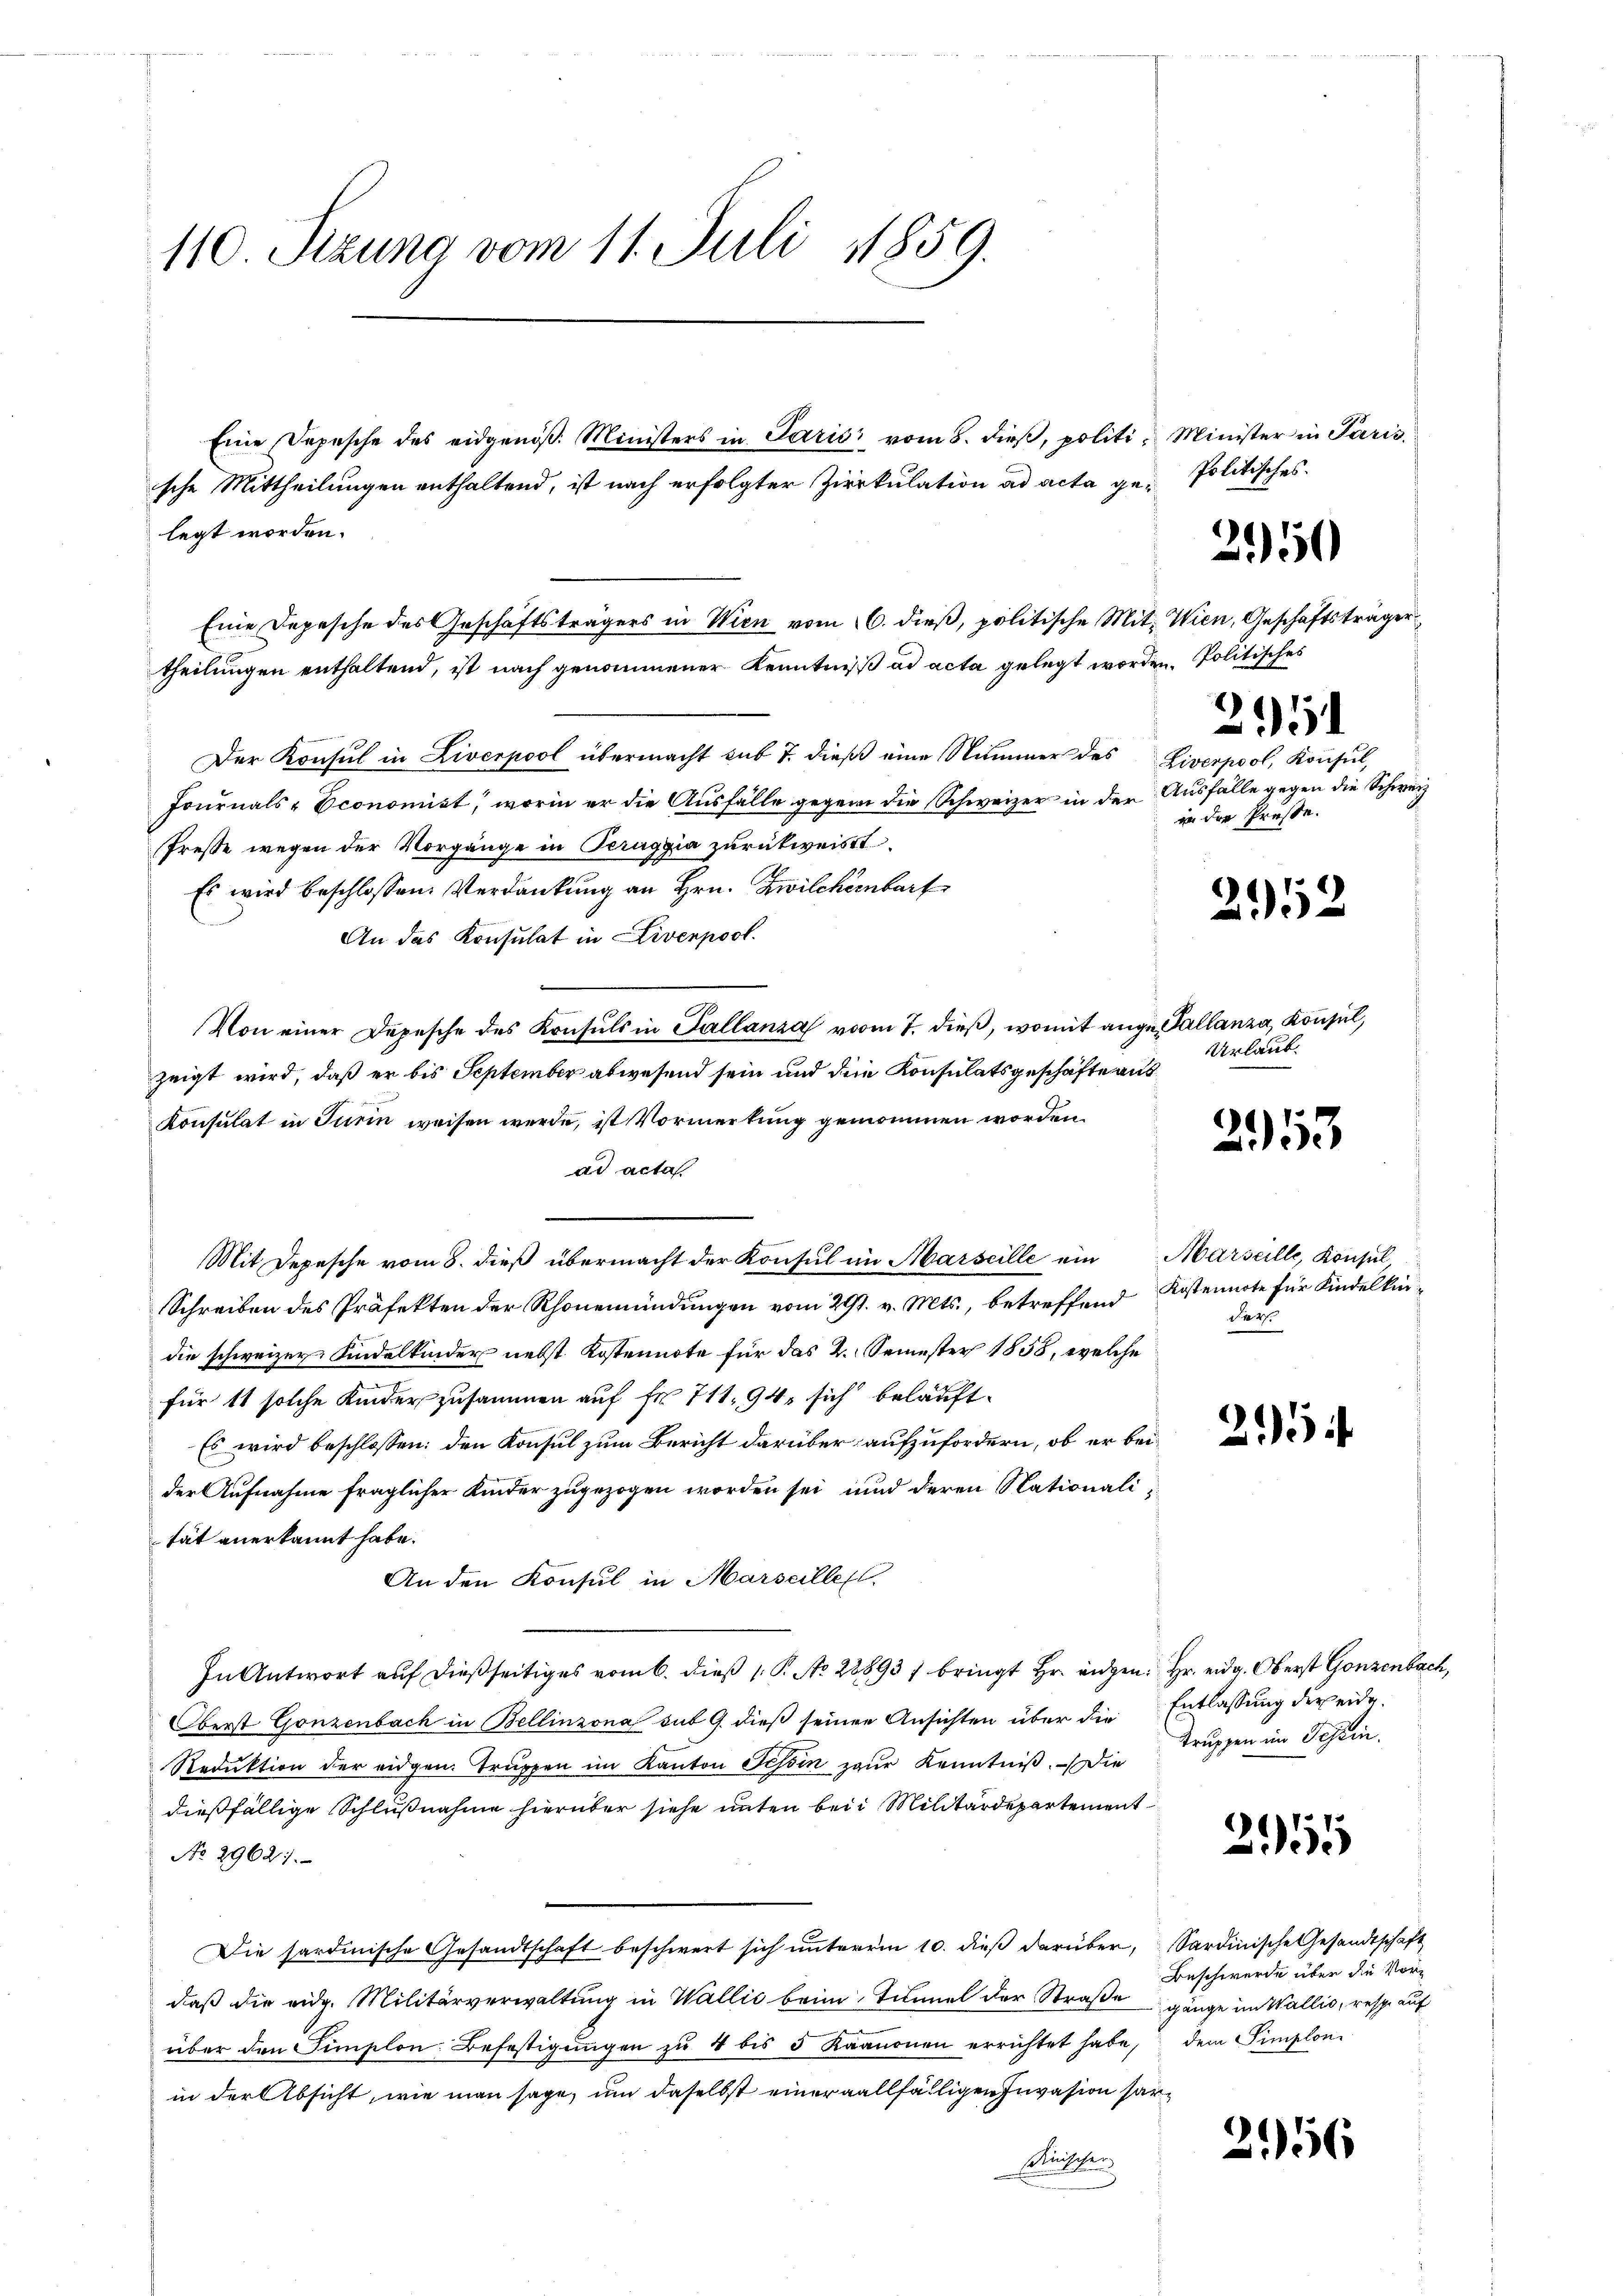
110. Sizung vom 11. Juli 1859.

Eine Depesche des eidgenöß. Ministers in Paris vom 8. dieß, politische Mittheilungen enthaltend, ist nach erfolgter Zirkulation ad acta ge-Politisches
legt worden.
Eine Depesche des Geschäftsträgers in Wien vom 6. dieß, politische Mit Wien, Geschäftsträger
theilungen enthaltend, ist nach genommener Kenntniß ad acta gelegt worden. Politisches
Der Konsul in Liverpool übermacht sub 7. dieß eine Nummer des Liverpool, Konsul,
Journals - Economist, worin er die Ausfälle gegen die Schweizer in der Ausfälle gegen die Schweiz
Presse wegen der Vorgänge in Peraggia zurückweisst
Es wird beschlossen: Verdankung an Hrn. Zwilchenbart
An das Konsulat in Liverpool.
Von einer Depesche des Konsuls in Sallanza vom 7. dieß, womit ange Tallanza, Konsul,
zeigt wird, daß er bis September abwesend sein und die Konsulatsgeschäfte aus
Konsulat in Turin weisen werde, ist Vormerkung genommen worden.
ad acta
Mit Depesche vom 8. dieß übermacht der Konsul im Marseille ein Marseille, Konsul
Schreiben des Präfekten der Rhonemündungen vom 29. v. Mts., betreffend Kostennote für Kindelkindie schweizer Kindelkinder nebst Kostennote für das 2. Semester 1858, welche
für 11 solche Kinder zusammen auf Fr. 711. 94 sich belauft
Es wird beschlossen: den Konsul zum Bericht darüber aufzufordern, ob er bei
der Aufnahme fraglicher Kinder zugezogen worden sei, und deren Nationali
tät anerkannt habe.
An den Konsul in Marseillet
In Antwort auf dießseitiges vom 6. dieß P. No 28893/ bringt Hr. eigen. Hr. eidg. Oberst Gonzenbach,
Oberst Gonzenbach in Bellinzona sub 9. dieß seinen Ansichten über die Entlassung der eide
Redŭktion der eidgen. Trŭppen im Kanton Tessin zŭr Kenntniβ. Die
dießfällige Schlußnahme hierüber siehe unten bei Militärdepartement
No. 29621.
Die sardinische Gesandtschaft beschwert sich ŭnterm 10. dieβ darüber, Sardinische Gesandtschaft
daß die eidg. Militärverwaltung in Wallić beim Tunnel der Straße
über den Simplon Befestigungen zu 4 bis 3 Kaanonen errichtet habe,
in der Absicht, wie man sage, um daselbst einer allfälligen Invasion sar¬
Minischen

Minister in Paris.

2110

2
in der Prose.

2952

Urlaub.

2953

der.

2954

Truppen im Schein.

211

Beschwerde über die Vorz
gänge im Wallis, resp. auf
dem Simplon

2156